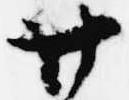
廿